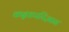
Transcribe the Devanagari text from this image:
कन्नडपरिज्ञान